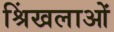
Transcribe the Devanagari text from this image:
श्रिंखलाओं